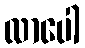
လာပေါ